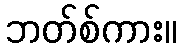
ဘတ်စ်ကား။